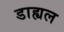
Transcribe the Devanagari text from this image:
डाह्यल